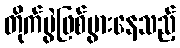
တိုက်ပွဲဖြစ်ပွားနေသည့်